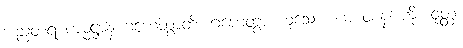
အညတရံ ကမ္မဋ္ဌာနံ ဂဟေတွာတိ၊ ဂဟေတွာ ဟူသော။ ယံ ဝစနံ၊ ကို။ ဝုတ္တံ၊